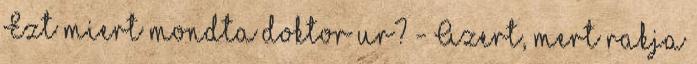
Ezt miert mondta doktor ur? - Azert, mert rakja